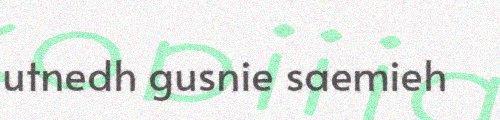
utnedh gusnie saemieh